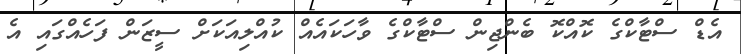
އެޑް ސްޓާކްގެ ކޮއްކޮ ބެންޖިން ސްޓާކްގެ ވާހަކައެއް ކުއްލިއަކަށް ސީޒަން ފަހެއްގައި އެ